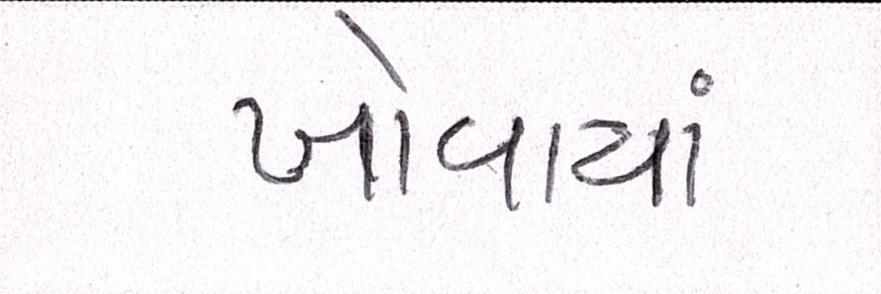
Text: ખોવાયાં